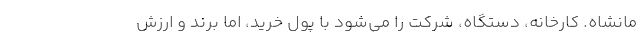
مانشاه. کارخانه، دستگاه، شرکت را می‌شود با پول خرید، اما برند و ارزش